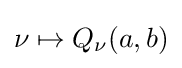
\nu \mapsto Q_{\nu }(a,b)